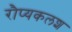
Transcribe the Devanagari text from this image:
रौप्यकलश